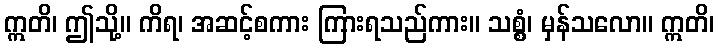
ဣတိ၊ ဤသို့။ ကိရ၊ အဆင့်စကား ကြားရသည်ကား။ သစ္စံ၊ မှန်သလော။ ဣတိ၊